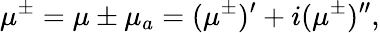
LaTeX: \mu^{\pm}=\mu\pm\mu_{a}=(\mu^{\pm})^{\prime}+i(\mu^{\pm})^{\prime\prime},